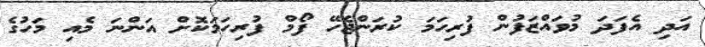
އަދި އެފަދަ މުވައްޒަފުން ފުރިހަމަ ކުރަންޖެހޭ ފޯމް ފުރިހަމަކޮށް އަންނަ މެއި މަހުގެ